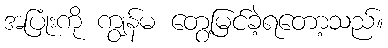
အပြုံးကို ကျွန်မ တွေ့မြင်ခဲ့ရတော့သည်။